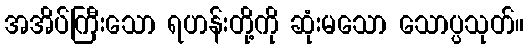
အအိပ်ကြီးသော ရဟန်းတို့ကို ဆုံးမသော သောပ္ပသုတ်။